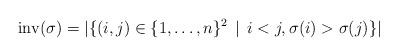
LaTeX: \begin{align*}\mathrm{inv}(\sigma) = |\{(i,j) \in \{1,\ldots, n\}^2 \, \mid \, i < j, \sigma(i) > \sigma(j)\} |\end{align*}